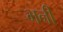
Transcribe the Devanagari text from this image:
भनी